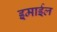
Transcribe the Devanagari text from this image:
इमाईल